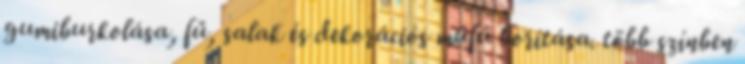
gumiburkolása, fű, salak és dekorációs műfű borítása. több színben